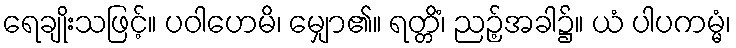
ရေချိုးသဖြင့်။ ပဝါဟေမိ၊ မျှော၏။ ရတ္တိံ၊ ညဉ့်အခါ၌။ ယံ ပါပကမ္မံ၊